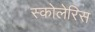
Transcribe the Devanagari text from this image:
स्कोलेरिस